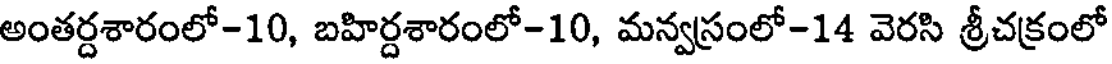
అంతర్దశారంలో-10, బహిర్దశారంలో-10, మన్వస్రంలో-14 వెరసి శ్రీచక్రంలో